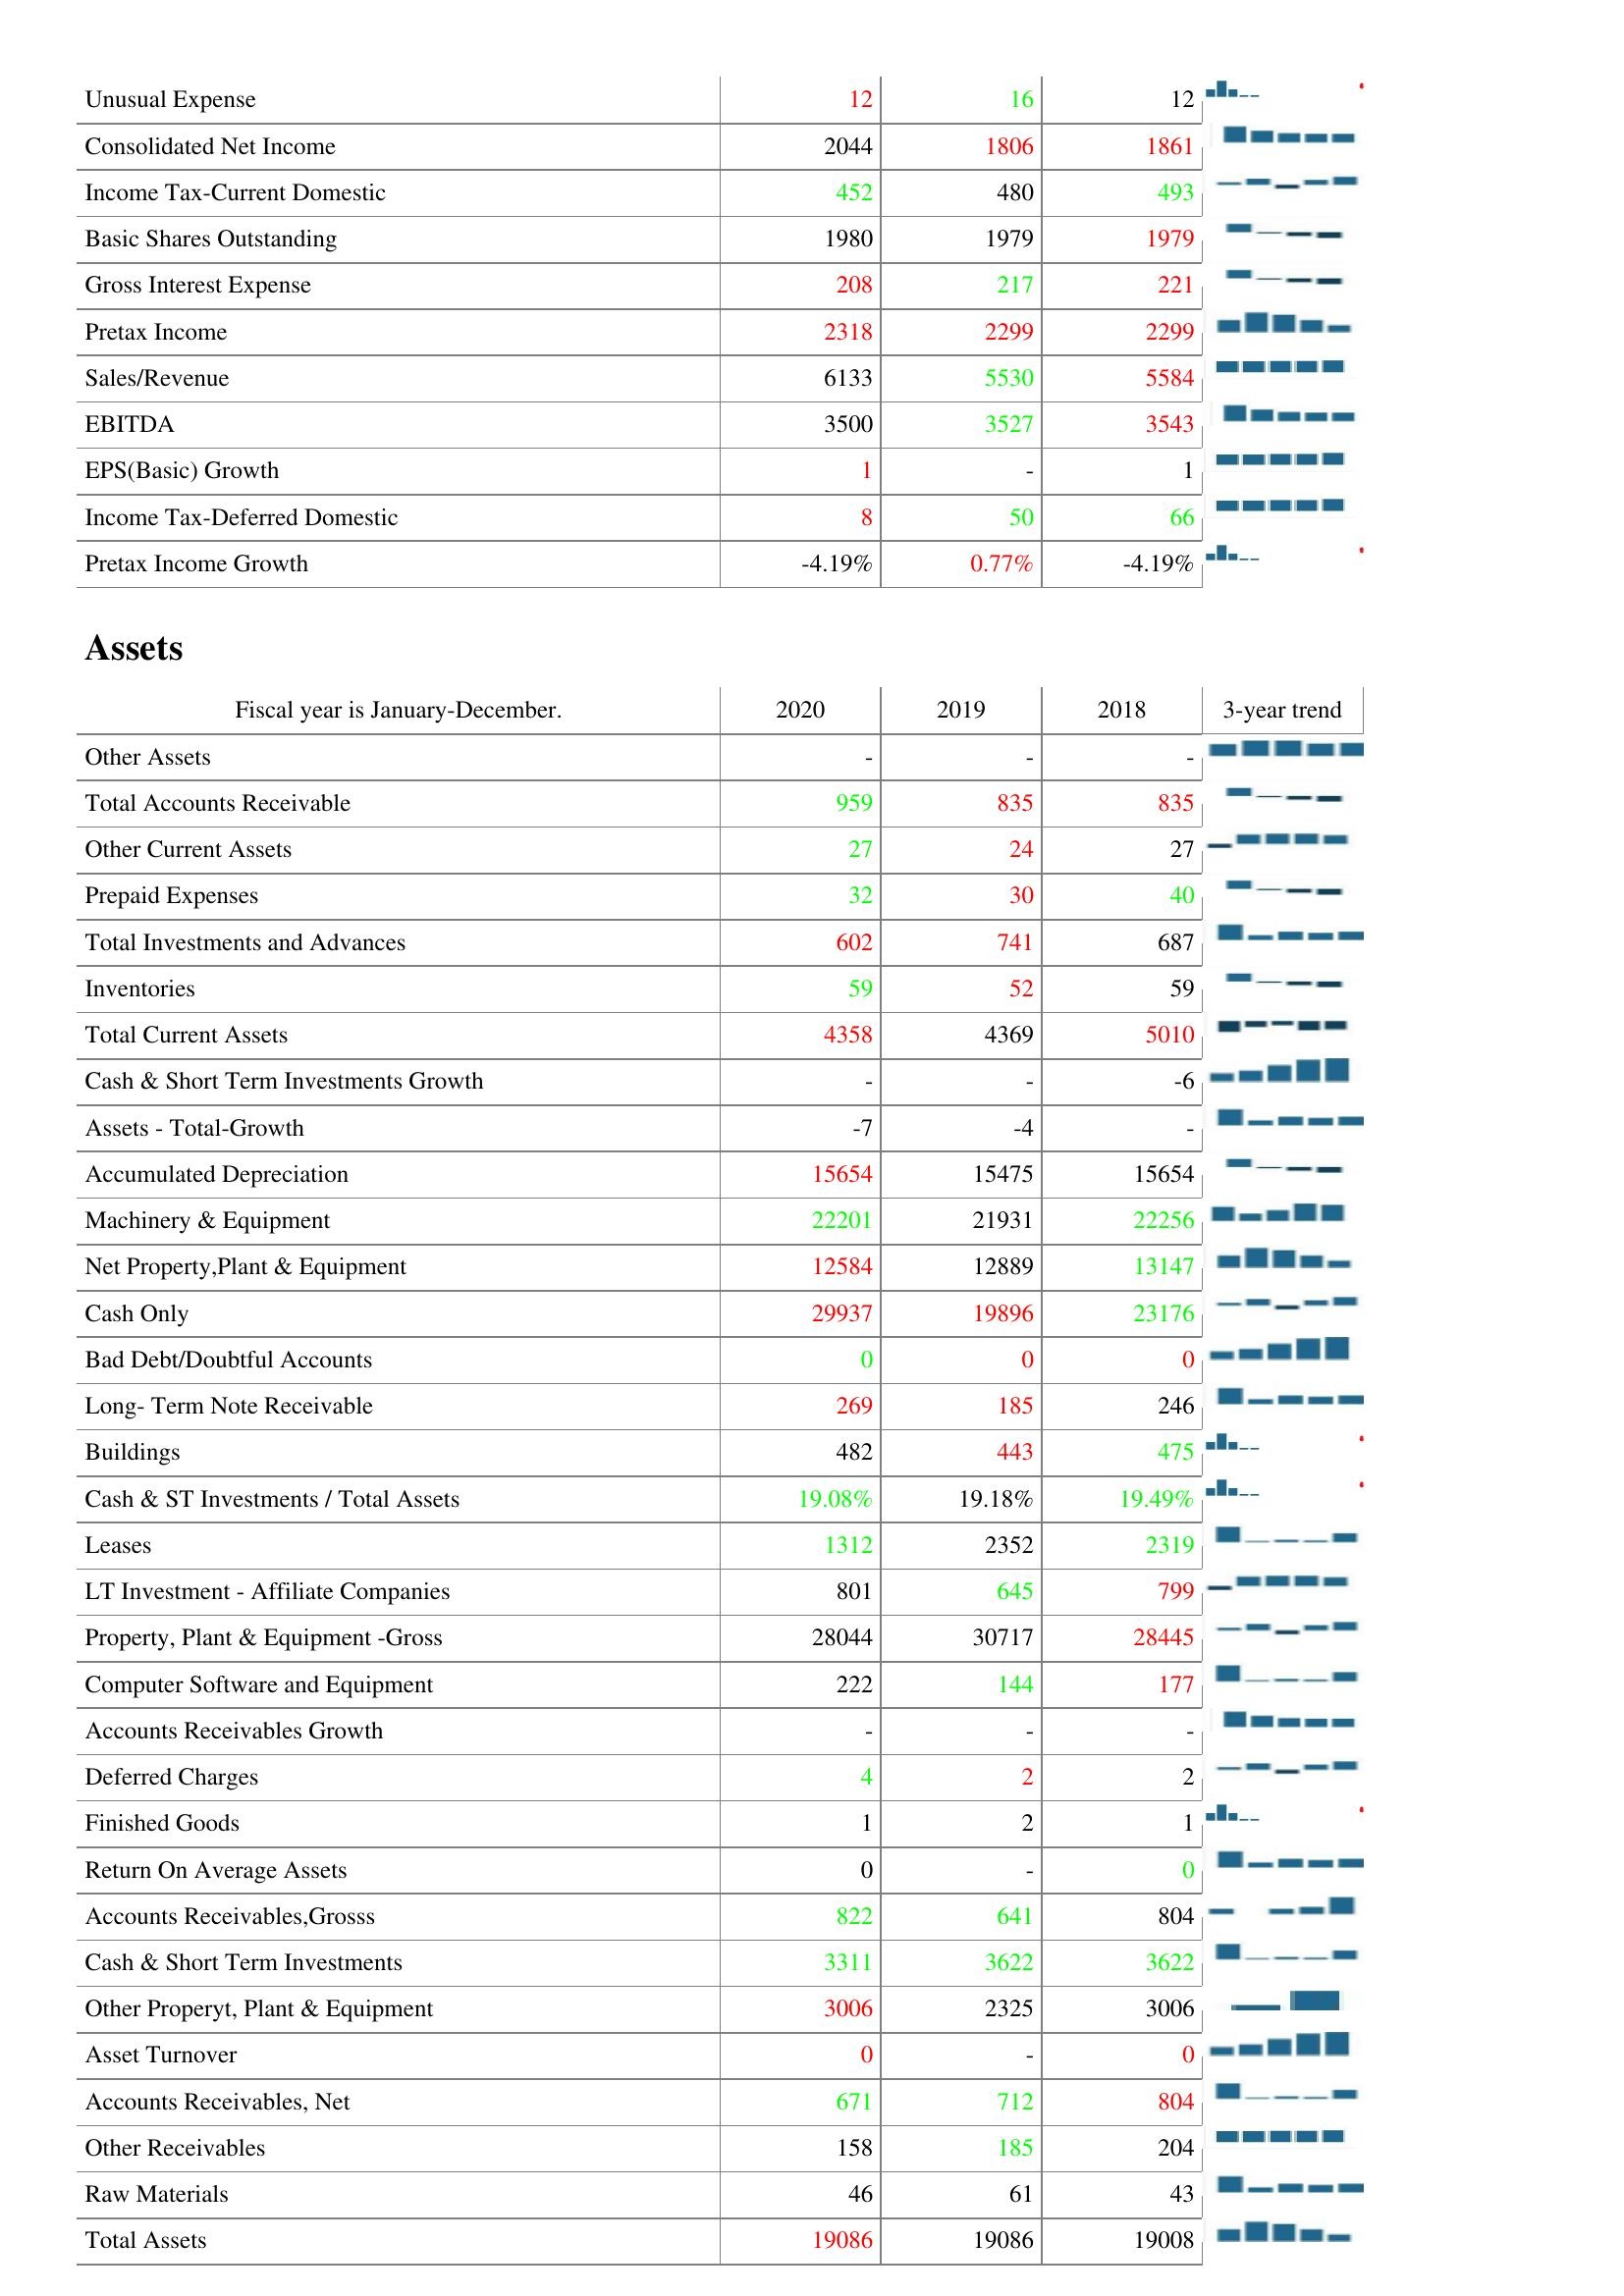
2020: : Unusual Expense: 12
Consolidated Net Income: 2044
Income Tax-Current Domestic: 452
Basic Shares Outstanding: 1980
Gross Interest Expense: 208
Pretax Income: 2318
Sales/Revenue: 6133
EBITDA: 3500
EPS(Basic) Growth: 1
Income Tax-Deferred Domestic: 8
Pretax Income Growth: -4.19%
Assets: Other Assets: -
Total Accounts Receivable: 959
Other Current Assets: 27
Prepaid Expenses: 32
Total Investments and Advances: 602
Inventories: 59
Total Current Assets: 4358
Cash & Short Term Investments Growth: -
Assets - Total-Growth: -7
Accumulated Depreciation: 15654
Machinery & Equipment: 22201
Net Property,Plant & Equipment: 12584
Cash Only: 29937
Bad Debt/Doubtful Accounts: 0
Long- Term Note Receivable: 269
Buildings: 482
Cash & ST Investments / Total Assets: 19.08%
Leases: 1312
LT Investment - Affiliate Companies: 801
Property, Plant & Equipment -Gross: 28044
Computer Software and Equipment: 222
Accounts Receivables Growth: -
Deferred Charges: 4
Finished Goods: 1
Return On Average Assets: 0
Accounts Receivables,Grosss: 822
Cash & Short Term Investments: 3311
Other Properyt, Plant & Equipment: 3006
Asset Turnover: 0
Accounts Receivables, Net: 671
Other Receivables: 158
Raw Materials: 46
Total Assets: 19086
2019: : Unusual Expense: 16
Consolidated Net Income: 1806
Income Tax-Current Domestic: 480
Basic Shares Outstanding: 1979
Gross Interest Expense: 217
Pretax Income: 2299
Sales/Revenue: 5530
EBITDA: 3527
EPS(Basic) Growth: -
Income Tax-Deferred Domestic: 50
Pretax Income Growth: 0.77%
Assets: Other Assets: -
Total Accounts Receivable: 835
Other Current Assets: 24
Prepaid Expenses: 30
Total Investments and Advances: 741
Inventories: 52
Total Current Assets: 4369
Cash & Short Term Investments Growth: -
Assets - Total-Growth: -4
Accumulated Depreciation: 15475
Machinery & Equipment: 21931
Net Property,Plant & Equipment: 12889
Cash Only: 19896
Bad Debt/Doubtful Accounts: 0
Long- Term Note Receivable: 185
Buildings: 443
Cash & ST Investments / Total Assets: 19.18%
Leases: 2352
LT Investment - Affiliate Companies: 645
Property, Plant & Equipment -Gross: 30717
Computer Software and Equipment: 144
Accounts Receivables Growth: -
Deferred Charges: 2
Finished Goods: 2
Return On Average Assets: -
Accounts Receivables,Grosss: 641
Cash & Short Term Investments: 3622
Other Properyt, Plant & Equipment: 2325
Asset Turnover: -
Accounts Receivables, Net: 712
Other Receivables: 185
Raw Materials: 61
Total Assets: 19086
2018: : Unusual Expense: 12
Consolidated Net Income: 1861
Income Tax-Current Domestic: 493
Basic Shares Outstanding: 1979
Gross Interest Expense: 221
Pretax Income: 2299
Sales/Revenue: 5584
EBITDA: 3543
EPS(Basic) Growth: 1
Income Tax-Deferred Domestic: 66
Pretax Income Growth: -4.19%
Assets: Other Assets: -
Total Accounts Receivable: 835
Other Current Assets: 27
Prepaid Expenses: 40
Total Investments and Advances: 687
Inventories: 59
Total Current Assets: 5010
Cash & Short Term Investments Growth: -6
Assets - Total-Growth: -
Accumulated Depreciation: 15654
Machinery & Equipment: 22256
Net Property,Plant & Equipment: 13147
Cash Only: 23176
Bad Debt/Doubtful Accounts: 0
Long- Term Note Receivable: 246
Buildings: 475
Cash & ST Investments / Total Assets: 19.49%
Leases: 2319
LT Investment - Affiliate Companies: 799
Property, Plant & Equipment -Gross: 28445
Computer Software and Equipment: 177
Accounts Receivables Growth: -
Deferred Charges: 2
Finished Goods: 1
Return On Average Assets: 0
Accounts Receivables,Grosss: 804
Cash & Short Term Investments: 3622
Other Properyt, Plant & Equipment: 3006
Asset Turnover: 0
Accounts Receivables, Net: 804
Other Receivables: 204
Raw Materials: 43
Total Assets: 19008